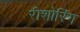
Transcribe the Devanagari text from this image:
रीशोरिंग